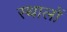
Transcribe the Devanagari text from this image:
स्थालों